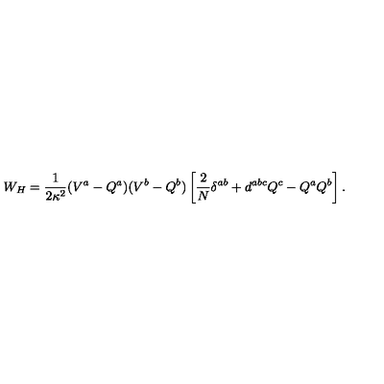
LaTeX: W _ { H } = \frac { 1 } { 2 \kappa ^ { 2 } } ( V ^ { a } - Q ^ { a } ) ( V ^ { b } - Q ^ { b } ) \left[ \frac { 2 } { N } \delta ^ { a b } + d ^ { a b c } Q ^ { c } - Q ^ { a } Q ^ { b } \right] .